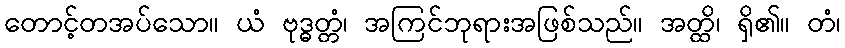
တောင့်တအပ်သော။ ယံ ဗုဒ္ဓတ္တံ၊ အကြင်ဘုရားအဖြစ်သည်။ အတ္ထိ၊ ရှိ၏။ တံ၊